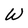
Character: W